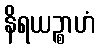
နိရယဉ္စာဟံ